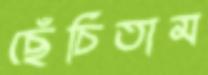
ছেঁচিতাম